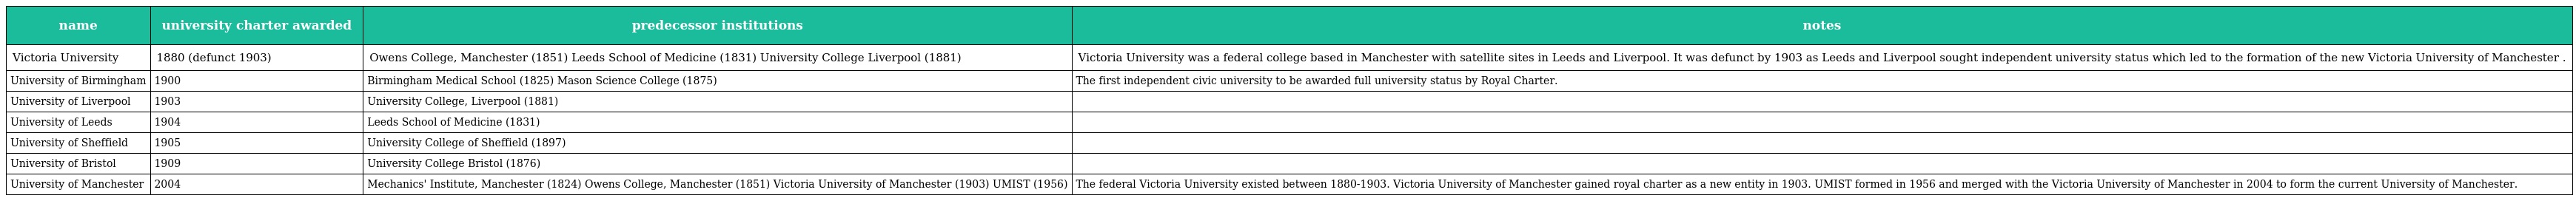
| name | university charter awarded | predecessor institutions | notes |
 | --- | --- | --- | --- |
 | Victoria University | 1880 (defunct 1903) | Owens College, Manchester (1851) Leeds School of Medicine (1831) University College Liverpool (1881) | Victoria University was a federal college based in Manchester with satellite sites in Leeds and Liverpool. It was defunct by 1903 as Leeds and Liverpool sought independent university status which led to the formation of the new Victoria University of Manchester . |
 | University of Birmingham | 1900 | Birmingham Medical School (1825) Mason Science College (1875) | The first independent civic university to be awarded full university status by Royal Charter. |
 | University of Liverpool | 1903 | University College, Liverpool (1881) |  |
 | University of Leeds | 1904 | Leeds School of Medicine (1831) |  |
 | University of Sheffield | 1905 | University College of Sheffield (1897) |  |
 | University of Bristol | 1909 | University College Bristol (1876) |  |
 | University of Manchester | 2004 | Mechanics' Institute, Manchester (1824) Owens College, Manchester (1851) Victoria University of Manchester (1903) UMIST (1956) | The federal Victoria University existed between 1880-1903. Victoria University of Manchester gained royal charter as a new entity in 1903. UMIST formed in 1956 and merged with the Victoria University of Manchester in 2004 to form the current University of Manchester. |